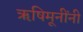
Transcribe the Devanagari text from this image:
ऋषिमूनींनी